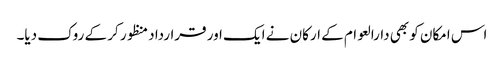
اس امکان کو بھی دارالعوام کے ارکان نے ایک اور قرارداد منظور کر کے روک دیا۔